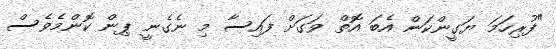
"ފުރިހަމަ ޔަގީންކަން އެބަ އޮތް ވަގަށް ފައިސާ މި ނެގެނީ ޕިން ކޮންމެވެސް